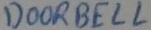
Text: DOORBELL